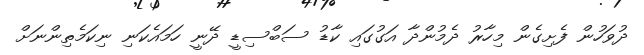
ދުވަހުން ފެށިގެން މިހާރު ދެމުންދާ އަގުގައި ކާޑު ސަބްސިޑީ ދޭނީ ހަމައެކަނި ނިކަމެތިންނަށް